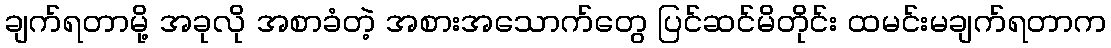
ချက်ရတာမို့ အခုလို အစာခံတဲ့ အစားအသောက်တွေ ပြင်ဆင်မိတိုင်း ထမင်းမချက်ရတာက